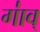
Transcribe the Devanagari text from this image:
गा॑व्